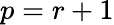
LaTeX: p=r+1